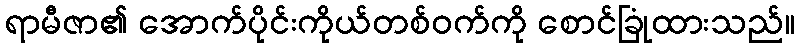
ရာမီဇာ၏ အောက်ပိုင်းကိုယ်တစ်ဝက်ကို စောင်ခြုံထားသည်။